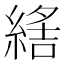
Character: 𦂑